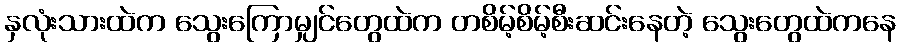
နှလုံးသားထဲက သွေးကြောမျှင်တွေထဲက တစိမ့်စိမ့်စီးဆင်းနေတဲ့ သွေးတွေထဲကနေ